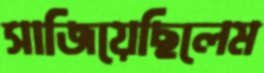
সাজিয়েছিলেম